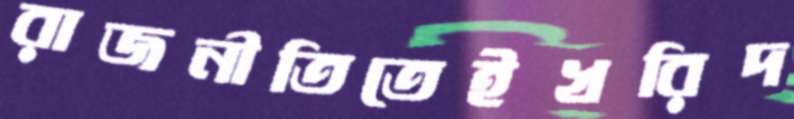
রাজনীতিতেইখরিদ